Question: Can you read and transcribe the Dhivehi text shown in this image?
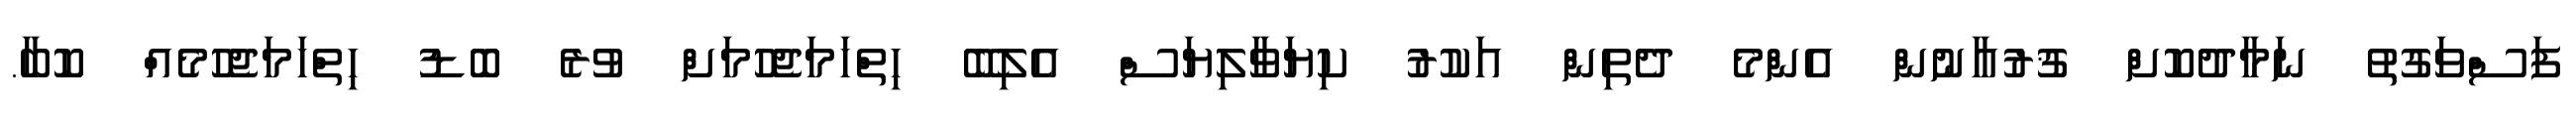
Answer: ފަސްވަގުތު ނަމާދުކޮށް ޤުރުއާނުން އެންމެ ދެތިން އަކުރު ކިޔަވާލިޔަސް އެލިބޭ ހިތްހަމަޖެހުމަށް ވުރެ ބޮޑު ހިތްހަމަޖެހުމެއް ކޮބާ.